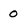
Character: 0